Laimjala_vallavalitsus, lk 9
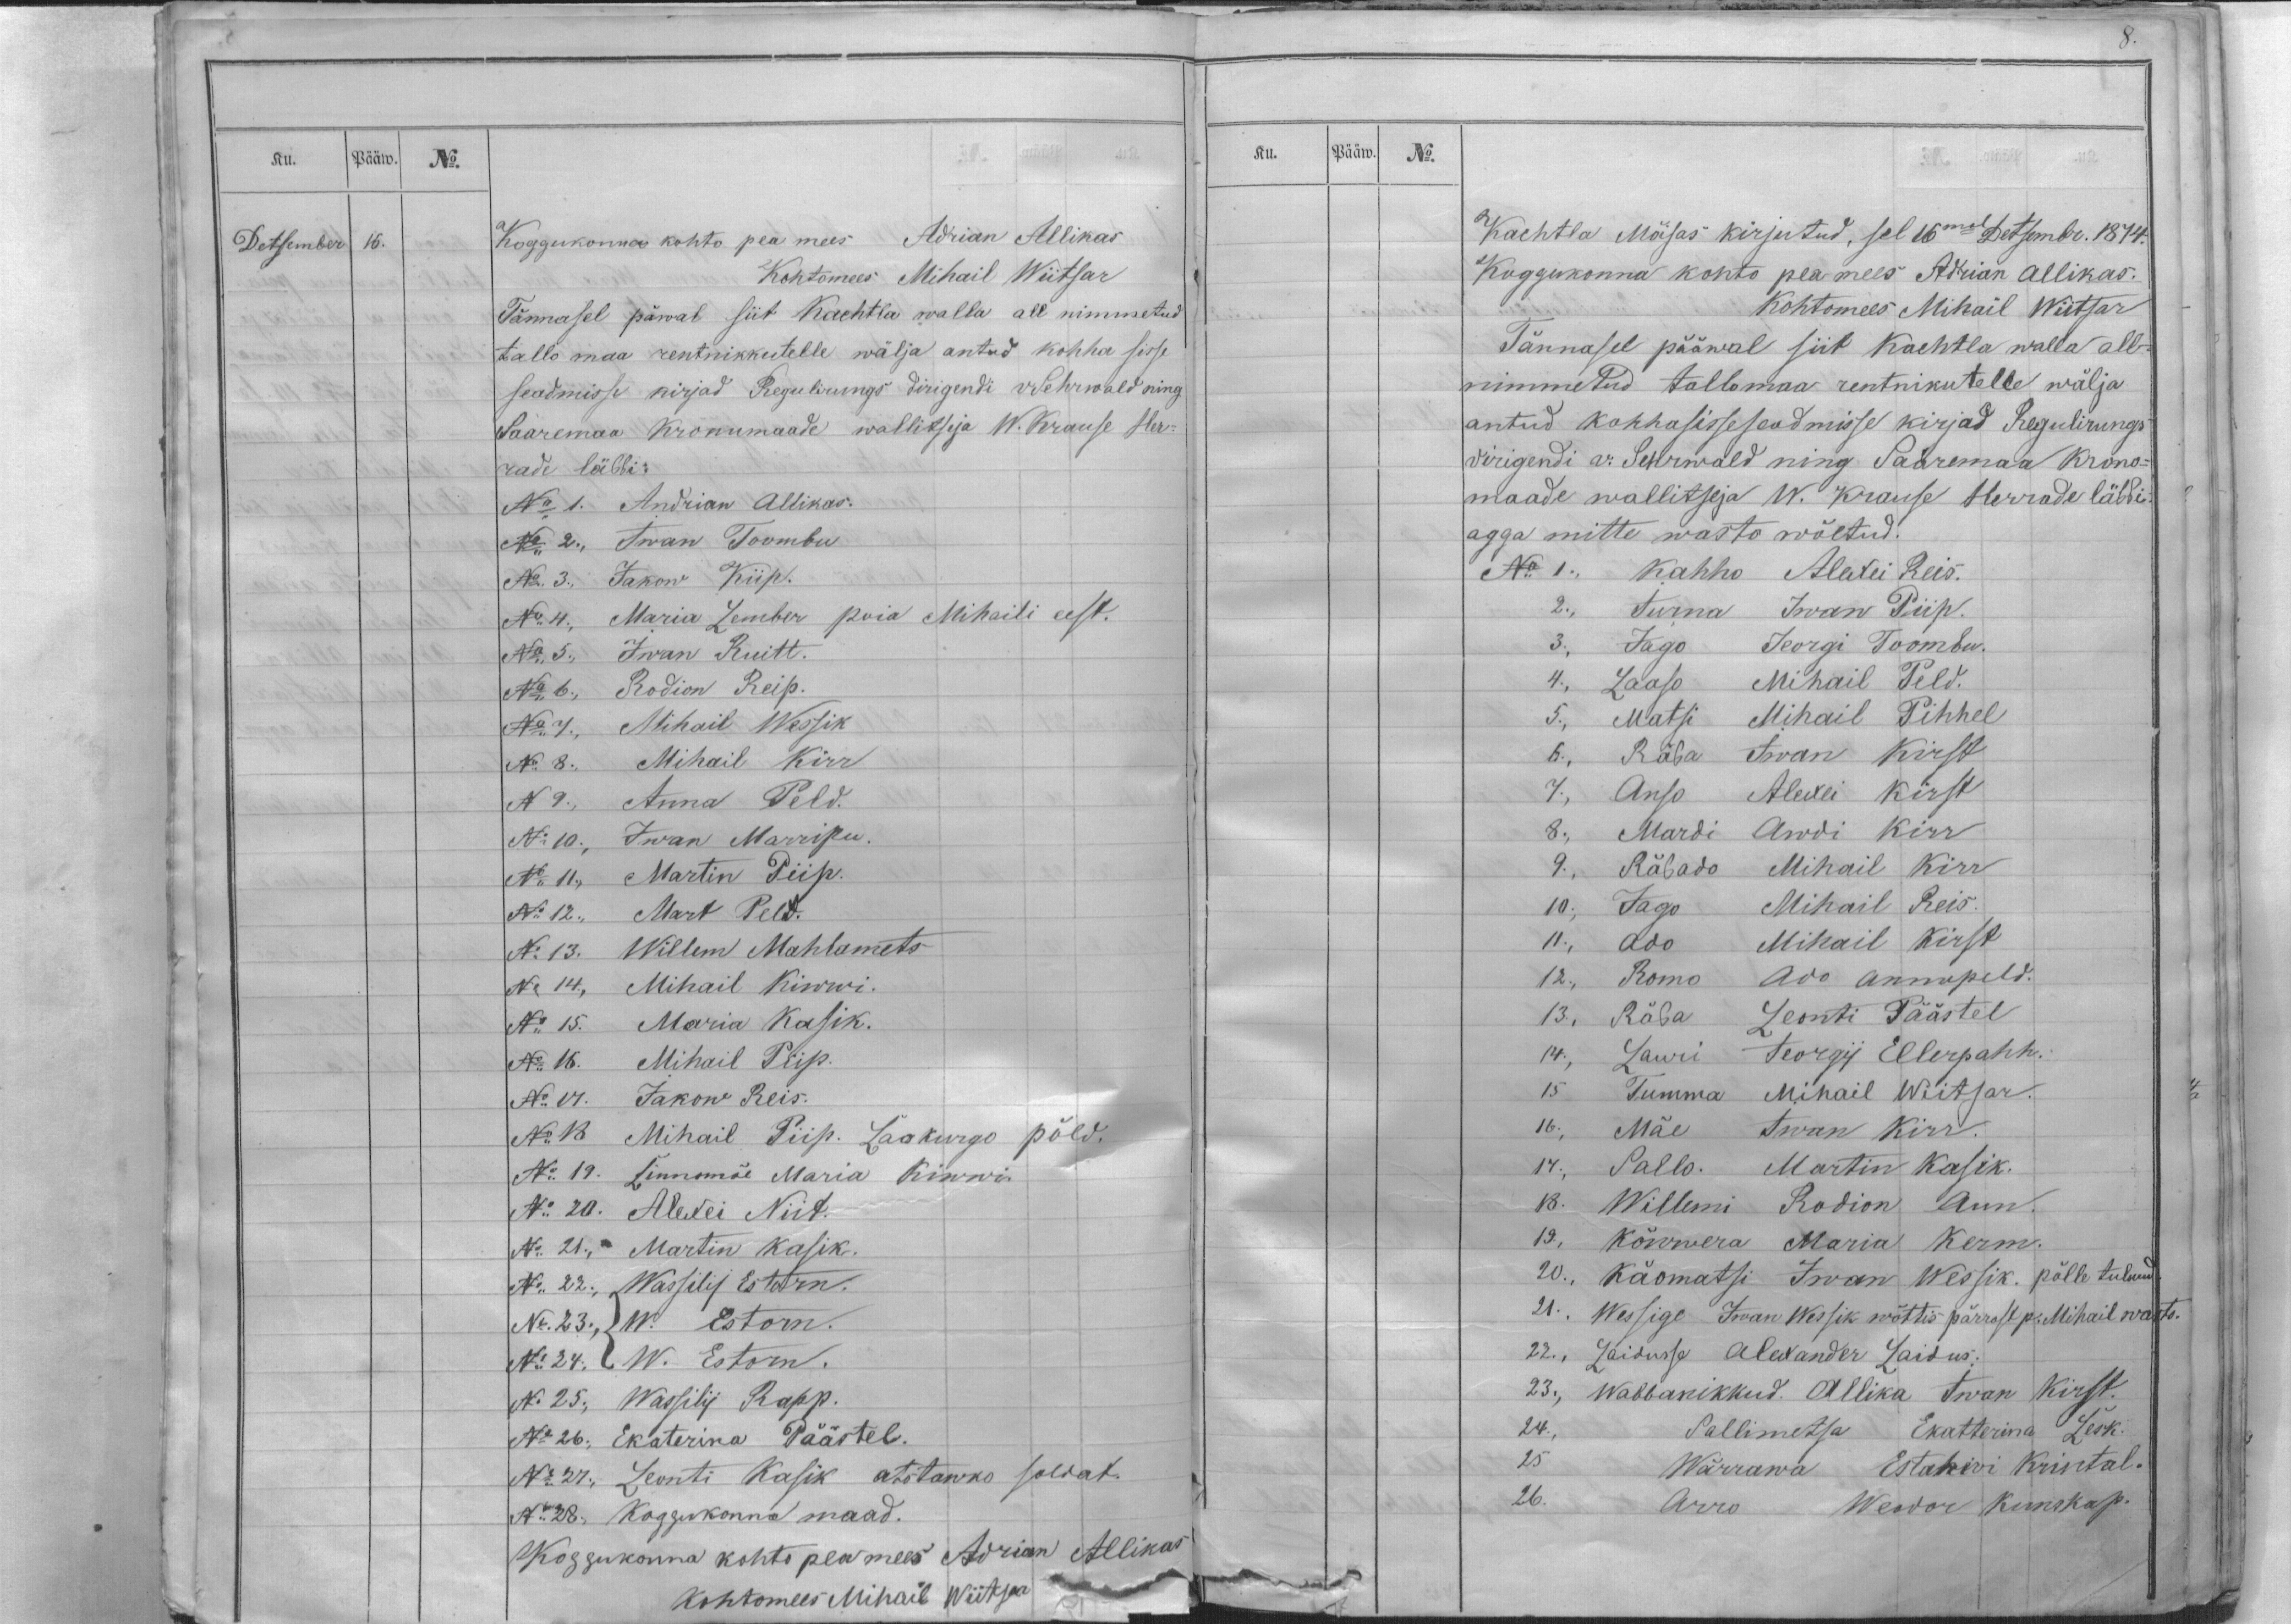
Ku.
Pääw.
No.
Detsember
16.
Koggukonna kohto pea mees Adrian Allikas
Kohtomees Mihail Wiitsar
Tännasel päwal siit Kachtla walla all nimmetud
tallo maa rentnikkutelle wälja antud kohha sisse
seadmisse kirjad Regulirungs dirigendi v Sehrwald ning
Saaremaa kronumaade wallitseja W. Krause Her-
rade läbbi:
No 1. Andrian Allikas.
No 2., Iwan Toombu
No 3., Jakow Kiip.
No 4., Maria Lember poia Mihaili eest.
No 5., Iwan Ruitt.
No 6., Rodion Reip.
No 7., Mihail Wessik
No 8., Mihail Kirr
No 9., Anna Peld.
No 10., Iwan Marripu.
No 11., Martin Piip.
No 12., Mart Peld.
No 13. Willem Mahlamets.
No 14., Mihail Kiwwi.
No 15. Maria Kasik.
No 16. Mihail Piip.
No 17. Jakow Reis.
No 18 Mihail Piip. Laokurgo põld.
No 19. Linnomäe Maria Kiwwi.
No 20. Alexei Niit.
No 21., Martin Kasik.
No 22., Wassilij Estorn.
No 23., { W. Estorn.
No 24., { W. Estorn.
No 25., Wassilij Rapp.
No 26., Ekaterina Päästel.
No 27., Leonti Kasik otstawko soldat.
No 28., Koggukonna maad.
Koggukonna kohto pea mees Adrian Allikas
Kohtomees Mihail Wiitsar

Ku.
Pääw.
No.
Kachtla Mõisas kirjutud, sel 16mal Detsembr. 1874.
Koggukonna kohto pea mees Adrian Allikas.
Kohtomees Mihail Wiitsar
Tännasel pääwal siit Kachtla walla all-
nimmetud tallomaa rentnikutelle wälja
antud kohhasisseseadmisse kirjad Regulirungs
dirigendi v. Sehrwald ning Saaremaa krono-
maade wallitseja W. Krause Herrade läbbi:
agga mitte wasto wõetud.
No 1., Kahho Alexei Reis.
2., Iurna Iwan Piip.
3., Jago Jeorgi Toombu.
4., Laaso Mihail Peld.
5., Matsi Mihail Pihhel
6., Räba Iwan Kirst
7., Anso Alexei Kirst
8, Mardi Awdi Kirr
9., Räbado Mihail Kirr
10., Jago Mihail Reis.
11., Ado Mihail Kirst
12., Romo Ado Annupeld.
13., Räba Leonti Päästel
14., Lauri Jeorgij Ellerpahh.
15 Tumma Mihail Wiitsar.
16., Mäe Iwan Kirr.
17., Pallo Martin Kasik.
18. Willemi Rodion Aun.
19., Kõwwera Maria Kerm.
20., Käomatsi Iwan Wessik, põlle tulnud
21., Wessige Iwan Wessik wõttis pärrast p. Mihail wasto.
22., Laidusse Alexander Laidus.
23., Wabbanikkud. Allika Iwan Kirst.
24., Sallimetsa Ekatterina Lesk.
25 Wärrawa Estahwi Krintal.
26. Arro Weodor Kunskap.